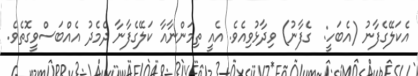
އެކަލޭގެފާނު (އެބަހީ:  ގެފާނު) ވިދާޅުވިއެވެ. އެއީ ތިމަންނާއާ ކަލޭގެފާނާ ދެމެދު އެއްބަސްވީގޮތެވެ.